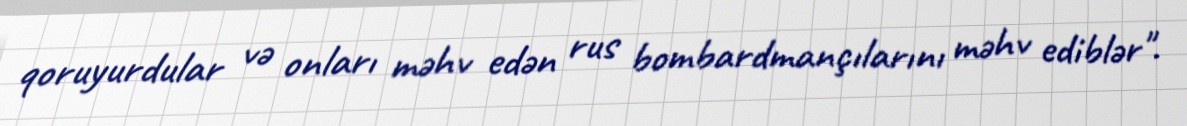
qoruyurdular və onları məhv edən rus bombardmançılarını məhv ediblər".